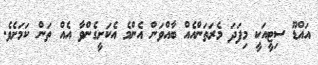
އައްޑޫ ސިޓީއަކީ މިފަދަ މެރަތަންއެއް ބާއްވަން އެންމެ އެކަށީގެންވާ އެއް ތަން ކަމަށެވެ.